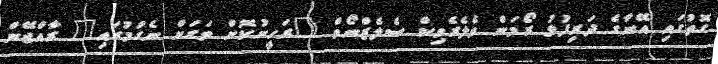
ގޮތުގައި އޭނާގެ ދަރިފުޅު ރޯމަން ވެލެރެވިކް ސެލެޒްނޯވް "ރަހީނުކޮށް ވަގަށް ނެގުމުގައި" ރާއްޖޭން